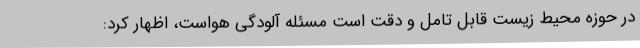
در حوزه محیط زیست قابل تامل و دقت است مسئله آلودگی هواست، اظهار کرد: